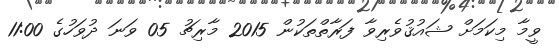
ވީމާ މިކަމަށް ޝައުޤުވެރިވާ ފަރާތްތަކުން 2015 މާރިޗު 05 ވަނަ ދުވަހުގެ 11:00